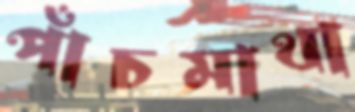
পাঁচমাথা